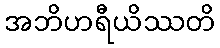
အဘိဟရီယိဿတိ